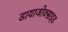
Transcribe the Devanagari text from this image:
डायाजोक्साइड